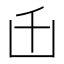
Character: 𠙺